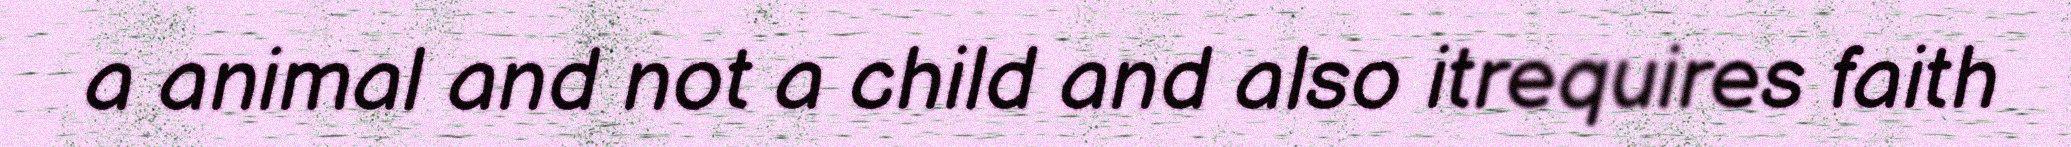
a animal and not a child and also itrequires faith